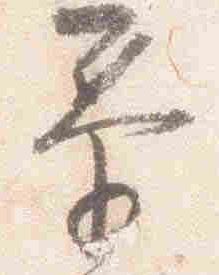
泰